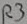
Text: R3